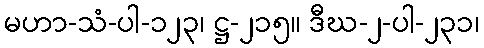
မဟာ-သံ-ပါ-၁၂၃၊ ဋ္ဌ-၂၁၅။ ဒီဃ-၂-ပါ-၂၃၁၊